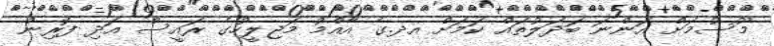
މޫސުމަށް އަންނަ ބަދަލުތައް ކަމަށް އދ.ގެ އާއްމު މަޖިލީހުގެ ރައީސް އަދި ފޮރިން